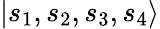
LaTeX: |{s_{1},s_{2},s_{3},s_{4}}\rangle